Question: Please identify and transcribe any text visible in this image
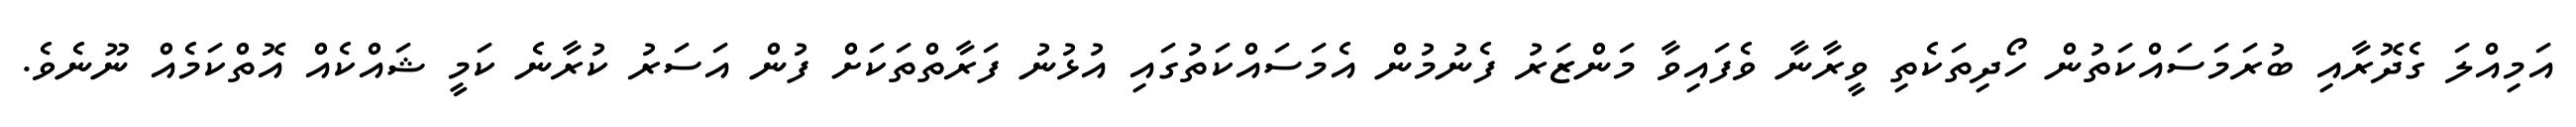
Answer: އަމިއްލަ ގެދޮރާއި ބުރަމަސައްކަތުން ހޯދިތަކެތި ވީރާނާ ވެފައިވާ މަންޒަރު ފެނުމުން އެމަސައްކަތުގައި އުޅުނު ފަރާތްތަކަށް ފުން އަސަރު ކުރާނެ ކަމީ ޝައްކެއް އޮތްކަމެއް ނޫނެވެ.